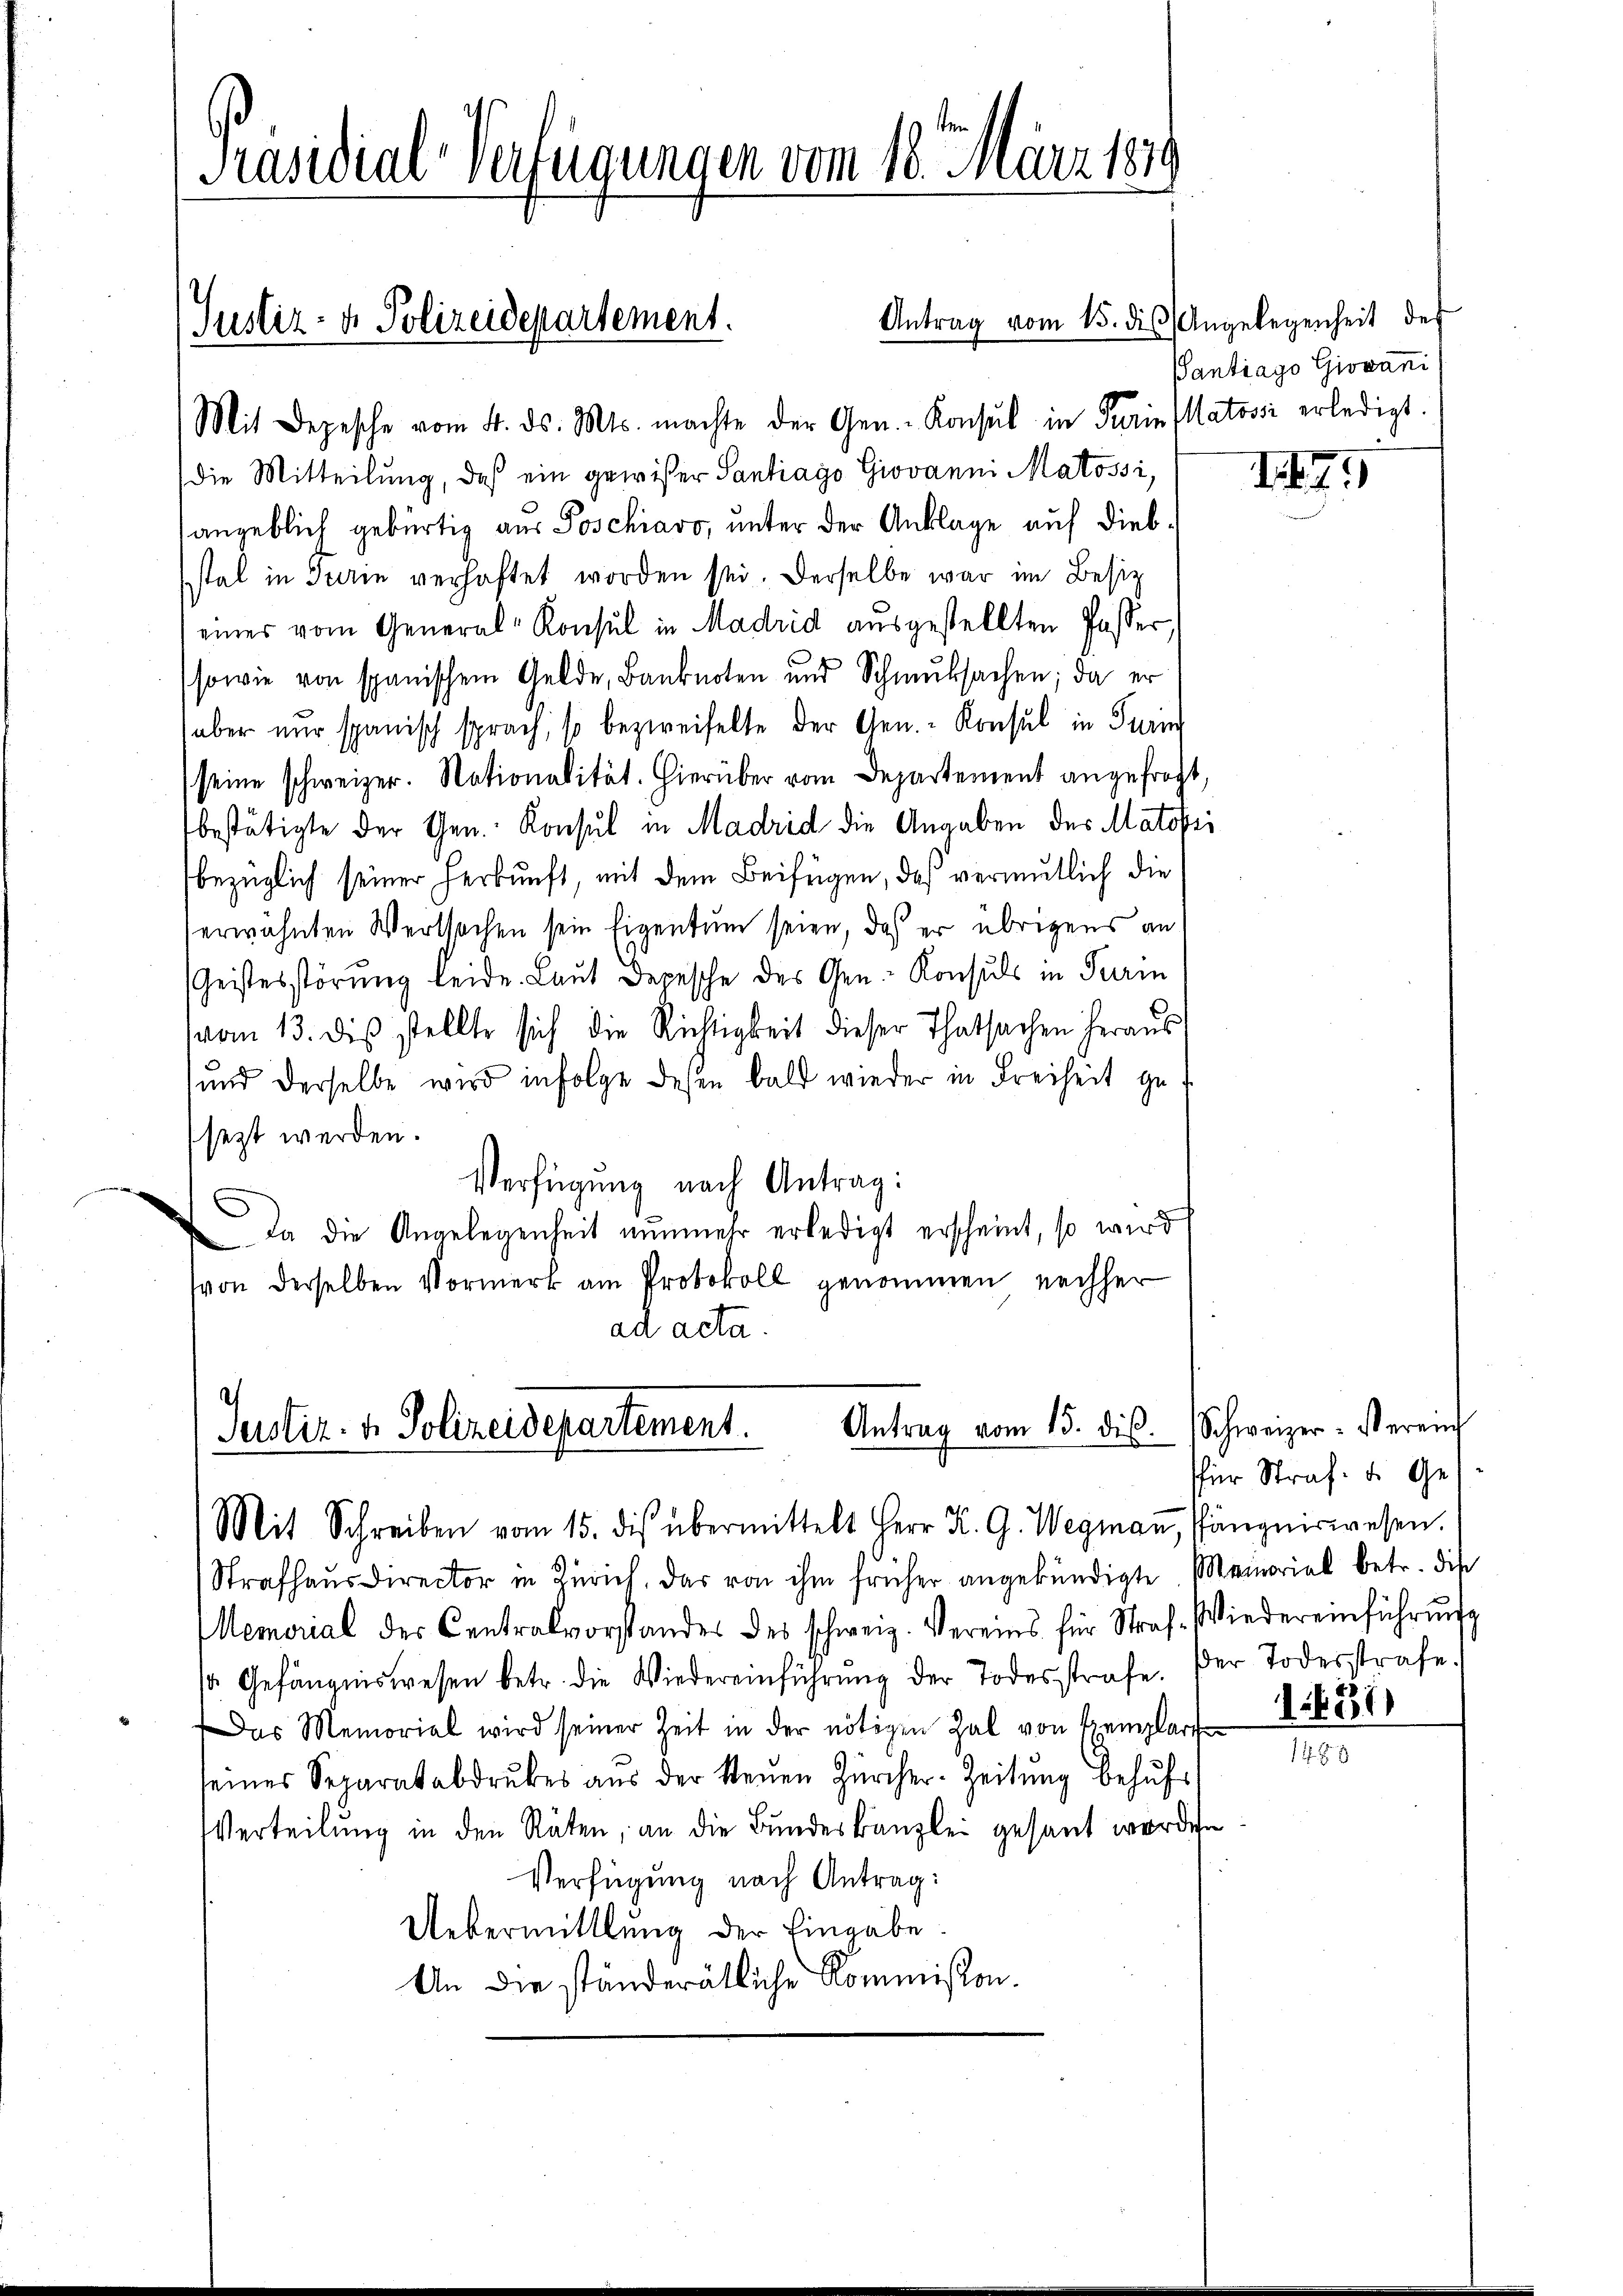
Präsidial-Verfügungen vom 18. März 184

Mit Depesche vom 4. ds. Mts. machte der Gen.- Konsul in Turin Matovii erledigt.
die Mitteilung, daß ein gewisser Santiago Giovanni Matossi,
sangeblich gebürtig aus Poschiavo, unter der Anklage auf diebstal in Turin verhaftet worden sei. Derselbe war im Besitz
eines vom General-Konsul in Madrid ausgestellten Passer
sowie von spanischem Gelde, Banknoten und Schmutsachen; da er
aber nur spanisch sprach, so bezweifelte der Gen. - Konsul in Turi
seine schweizer. Nationalität. Hierüber vom Departement angefragt,
bestätigte der Gen. Konsul in Madrid die Angaben des Matofi
bezüglich seiner Herkunft, mit dem Beifügen, daß vermutlich die
erwähnten Wertsachen sein Eigentum seien, daß er übrigens an
Geistesstörung leide. Laut Depesche des Gen. Konsuls in Turin
vom 13. dis stellte sich die Richtigkeit dieser Thatsachen heraus
sund derselbe wird infolge desen bald wieder in Freiheit gesezt werden.
Verfügung nach Antrag:
 Da die Angelegenheit nunmehr erledigt erscheint, so wird
von derselben Vormerk am Protokoll genommen nachher
ad acta.

Justiz- & Polizeidepartement.

Mit Schreiben vom 15. dis übermittelt Herr K. G. Wegmaṅ, Pängniswesen.

Antrag vom 15. des Angelegenheit des
Pantrago Giovani

Antrag vom 15. ds. Schweizer-Vereich
Justiz. v. Polizeidepartement.

Strafhaus Director in Zürich, das von ihm früher angekündigte Meinorial betr. die
Memorial der Centralvorstandes des schweiz. Vereins für Straf- Wiedereinführŭngs
1. Gefängniswesen betr. die Wiedereinführŭng der Todesstrafe. Der Todesstrafe.
Das Memorial wird seiner Zeit in der nötigen Zal von Tremplart
seines Separatabdrukes aŭs der Neŭen Zürcher-Zeitŭng behŭfs
Verteilŭng in den Räten, an die Bundeskanzlei gesant worden
Verfügung nach Antrag:
Uebermittlung der Eingabe.
An die ständerätliche Kommission.

für Straf. u. Ge

194

14311